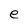
Character: e